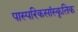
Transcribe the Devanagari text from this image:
पास्परिकसांस्कृतिक